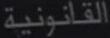
القانونية